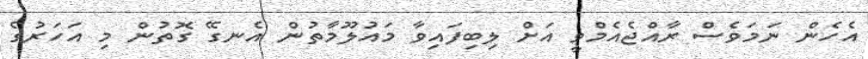
އެހެން ނަމަވެސް ރާއްޖެއެމްވީ އަށް ލިބިފައިވާ މައުލޫމާތުން އެނގޭ ގޮތުން މި އަހަރުގެ